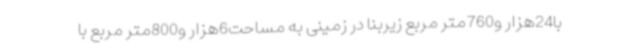
با24هزار و760متر مربع زیربنا در زمینی به مساحت6هزار و800متر مربع با